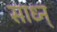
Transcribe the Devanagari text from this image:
साध्न्